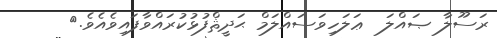
ރަސޫލާ ޞައްލަ  ޢަލަހިވަސައްލަމް ޙަދީޘްފުޅުކުރައްވާފައިވެއެވެ.{